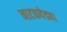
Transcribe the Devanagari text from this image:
नाटकवेड्या